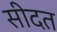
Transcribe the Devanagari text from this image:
सीदत